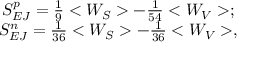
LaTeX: \begin{array} { c l c r } { { S _ { E J } ^ { p } = \frac { 1 } { 9 } < W _ { S } > - \frac { 1 } { 5 4 } < W _ { V } > ; } } \\ { { S _ { E J } ^ { n } = \frac { 1 } { 3 6 } < W _ { S } > - \frac { 1 } { 3 6 } < W _ { V } > , } } \end{array}